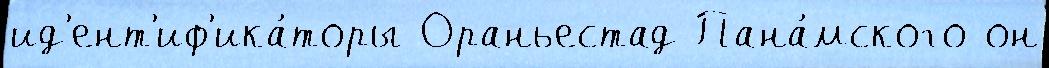
ид'ент'иф'ика́торы Ораньестад Пана́мского он